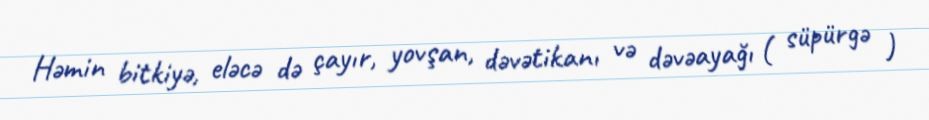
Həmin bitkiyə, eləcə də çayır, yovşan, dəvətikanı və dəvəayağı ( süpürgə )